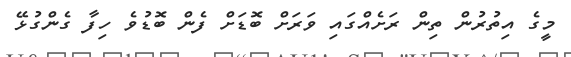
މީގެ އިތުރުން ތިން ރަށެއްގައި ވަރަށް ބޮޑަށް ފެން ބޮޑުވެ ހިފާ ގެންގުޅޭ